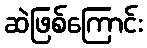
ဆဲဖြစ်ကြောင်း